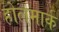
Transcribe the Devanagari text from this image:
होलमार्क